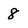
Character: 8